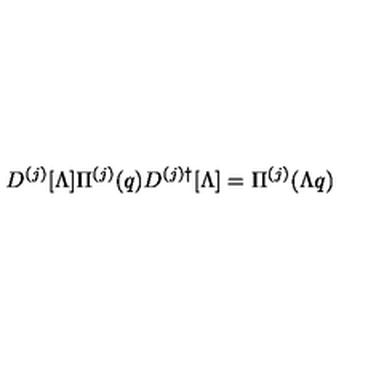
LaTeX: D ^ { ( j ) } [ \Lambda ] \Pi ^ { ( j ) } ( q ) D ^ { ( j ) \dagger } [ \Lambda ] = \Pi ^ { ( j ) } ( \Lambda q )